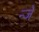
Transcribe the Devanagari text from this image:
न्जे